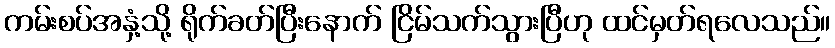
ကမ်းစပ်အနှံ့သို့ ရိုက်ခတ်ပြီးနောက် ငြိမ်သက်သွားပြီဟု ထင်မှတ်ရလေသည်။